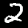
Label: 2